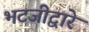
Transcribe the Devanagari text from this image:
भटजीद्वारे